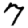
Digit: 7